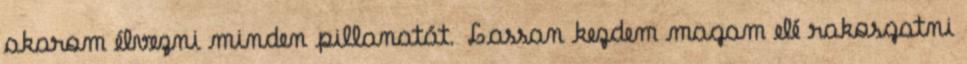
akarom élvezni minden pillanatát. Lassan kezdem magam elé rakosgatni